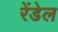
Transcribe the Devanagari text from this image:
रेंडेल